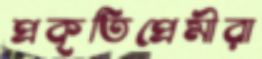
প্রকৃতিপ্রেমীরা